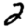
Digit: 2